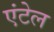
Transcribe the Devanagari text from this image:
एंटेल